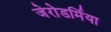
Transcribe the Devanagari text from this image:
जेरोडर्मिया